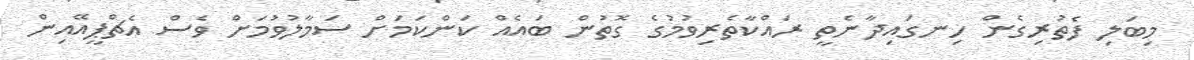
މިބަލި ފެތުރިގެން ހިނގައިދާނެތީ ރައްކާތެރިވުމުގެ ގޮތުން ބައެއް ކަންކަމަށް ސަމާލުވުމަށް ވެސް އެޗްޕީއޭއިން